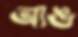
আঙ